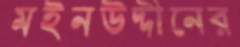
মইনউদ্দীনের